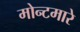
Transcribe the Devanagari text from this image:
मोन्टमारे